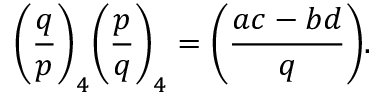
{ \Bigg ( } { \frac { q } { p } } { \Bigg ) } _ { 4 } { \Bigg ( } { \frac { p } { q } } { \Bigg ) } _ { 4 } = { \Bigg ( } { \frac { a c - b d } { q } } { \Bigg ) } .